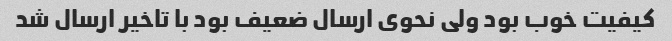
کیفیت خوب بود ولی نحوی ارسال ضعیف بود با تاخیر ارسال شد